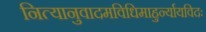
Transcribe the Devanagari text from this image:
नित्यानुवादमविधिमाहुर्न्यायविदः